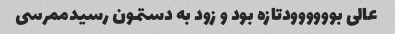
عالی بوووووودتازه بود و زود به دستمون رسیدممرسی